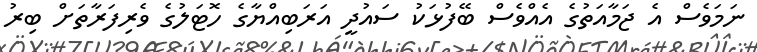
ނަމަވެސް އެ ޖަމާއަތުގެ އެއްވެސް ބޭފުޅަކު ސައުދީ އަރަބިއްޔާގެ ހޮޓަލުގެ ވެރިފަރާތަށް ބިރު